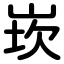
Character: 崁